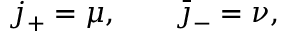
j _ { + } = \mu , \qquad \bar { \jmath } _ { - } = \nu ,